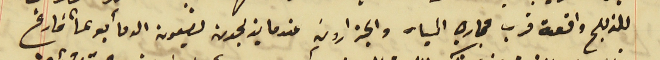
للذبح واقعة قرب مجاري المياه والجزارون عندما يذبحون يضعون الدمأ بوعأ فارغ